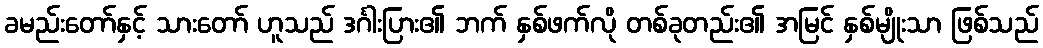
ခမည်းတော်နှင့် သားတော် ဟူသည် ဒင်္ဂါးပြား၏ ဘက် နှစ်ဖက်လို တစ်ခုတည်း၏ အမြင် နှစ်မျိုးသာ ဖြစ်သည်